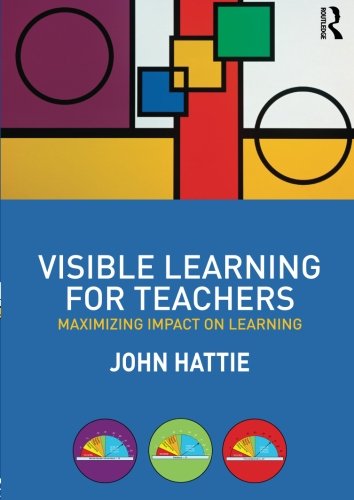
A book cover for Visible Learning for Teachers: Maximizing Impact on Learning; John Hattie; Education & Teaching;